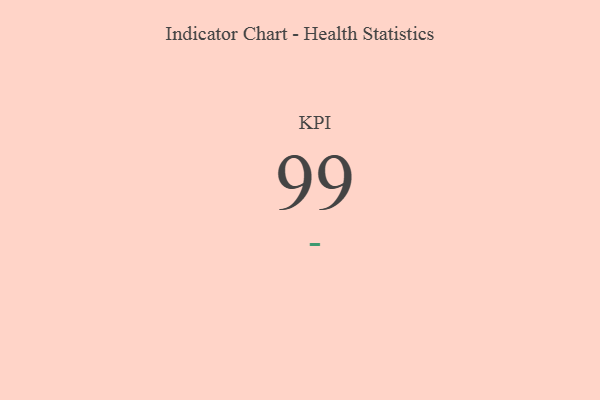
{"axis": {"x": "KPI", "y": "Value"}, "legend": [""], "data": [{"x": "KPI", "y": 99, "type": ""}]}